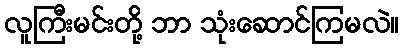
လူကြီးမင်းတို့ ဘာ သုံးဆောင်ကြမလဲ။